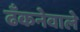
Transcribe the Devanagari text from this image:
ढँकनेवाले